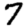
Digit: 7